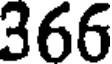
366